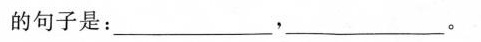
的句子是：___，___。